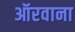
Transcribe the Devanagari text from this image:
ऑरवाना